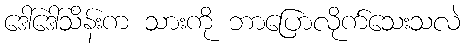
ဒေါ်ဒေါ်သိန်းက သားကို ဘာပြောလိုက်သေးသလဲ